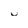
Character: U